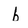
Character: b